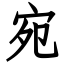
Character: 宛